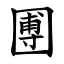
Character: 圑